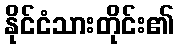
နိုင်ငံသားတိုင်း၏